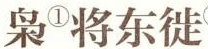
枭将^{①}东徙^{②}